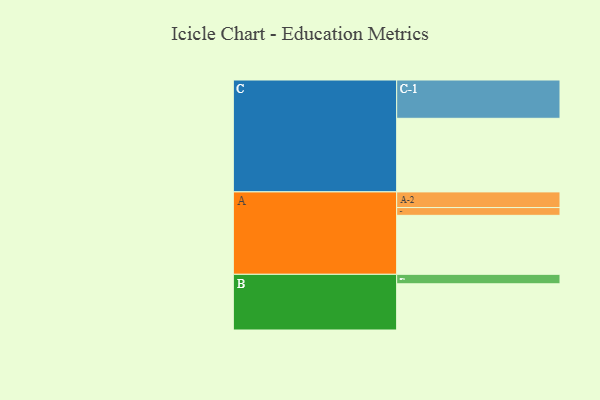
{"axis": {"x": "Segment", "y": "Value"}, "legend": ["", "A", "B", "C"], "data": [{"x": "A", "y": 448, "type": ""}, {"x": "B", "y": 351, "type": ""}, {"x": "C", "y": 559, "type": ""}, {"x": "A-1", "y": 59, "type": "A"}, {"x": "A-2", "y": 119, "type": "A"}, {"x": "B-1", "y": 72, "type": "B"}, {"x": "C-1", "y": 291, "type": "C"}]}